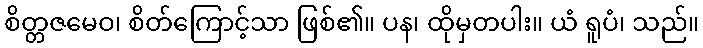
စိတ္တဇမေဝ၊ စိတ်ကြောင့်သာ ဖြစ်၏။ ပန၊ ထိုမှတပါး။ ယံ ရူပံ၊ သည်။